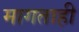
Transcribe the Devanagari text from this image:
मागताही